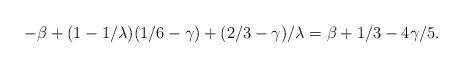
LaTeX: \begin{align*}-\beta+(1-1/\lambda)(1/6-\gamma) + (2/3-\gamma)/\lambda = \beta+1/3- 4\gamma/5.\end{align*}